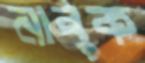
নাবুক